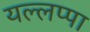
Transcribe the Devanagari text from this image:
यल्लप्पा